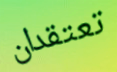
تعتقدان